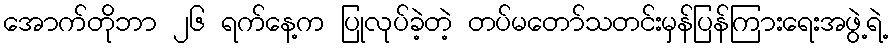
အောက်တိုဘာ ၂၆ ရက်နေ့က ပြုလုပ်ခဲ့တဲ့ တပ်မတော်သတင်းမှန်ပြန်ကြားရေးအဖွဲ့ရဲ့